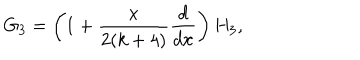
LaTeX: G _ { 3 } = \left( 1 + { \frac { x } { 2 ( k + 4 ) } } { \frac { d } { d x } } \right) H _ { 3 } ,